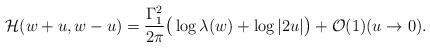
LaTeX: \begin{align*}\mathcal{H}(w+u,w-u)=\frac{\Gamma_1^2}{2\pi}\big(\log\lambda(w)+\log |2u|\big)+\mathcal{O}(1) (u\to 0).\end{align*}